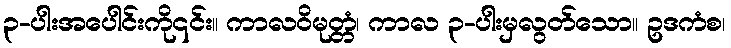
၃-ပါးအပေါင်းကို၎င်း။ ကာလဝိမုတ္တံ၊ ကာလ ၃-ပါးမှလွတ်သော။ ဥဒကံစ၊